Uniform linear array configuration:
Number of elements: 48
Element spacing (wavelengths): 0.25
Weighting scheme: exponential
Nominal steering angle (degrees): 60
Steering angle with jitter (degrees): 58.887
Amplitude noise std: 0.05
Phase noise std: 0.05

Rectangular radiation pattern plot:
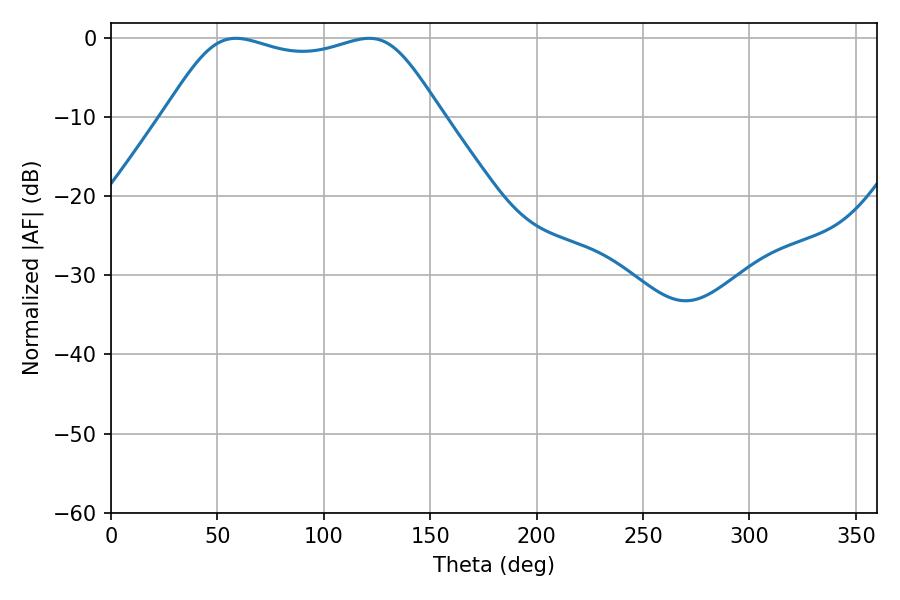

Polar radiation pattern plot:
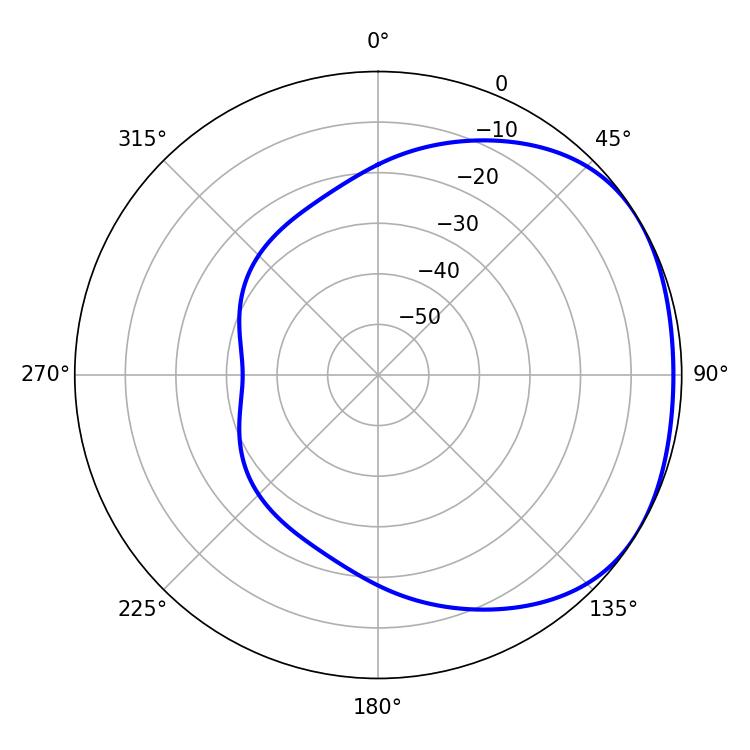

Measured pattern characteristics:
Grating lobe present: FALSE
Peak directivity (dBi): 1.726
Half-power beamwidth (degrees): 99
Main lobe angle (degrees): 58.68